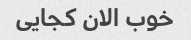
خوب الان کجایی